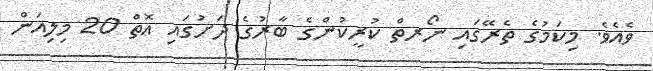
ވެއެވެ. މިކަމުގެ ތެރޭގައި ނޯރތް ކުރީކުންގެ ބާރުގެ ދަށުގައި އޮތް 20 މިލިއަން